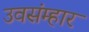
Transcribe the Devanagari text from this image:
उवसंम्हार